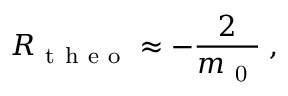
R _ { \mathrm { ~ t ~ h ~ e ~ o ~ } } \approx - \frac { 2 } { m _ { \mathrm { ~ 0 ~ } } } \; ,